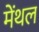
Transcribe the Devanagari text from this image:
मेंथल